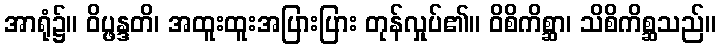
အာရုံ၌။ ဝိပ္ဖန္ဒတိ၊ အထူးထူးအပြားပြား တုန်လှုပ်၏။ ဝိစိကိစ္ဆာ၊ သိစိကိစ္ဆသည်။